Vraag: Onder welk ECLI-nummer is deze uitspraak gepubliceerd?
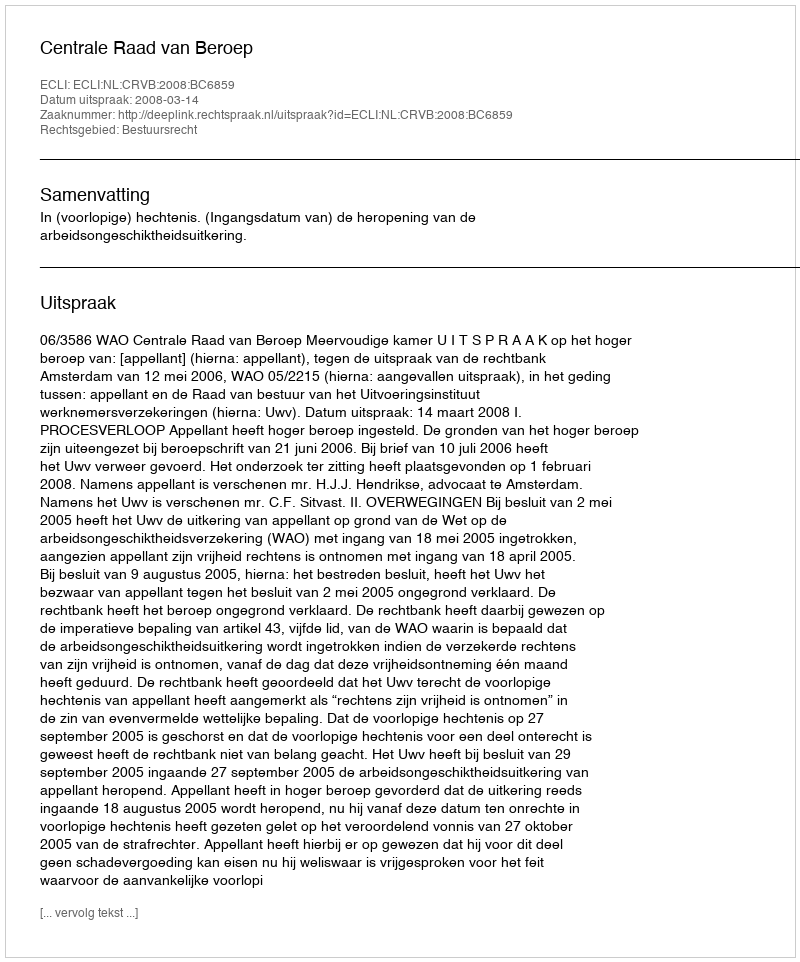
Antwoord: ECLI:NL:CRVB:2008:BC6859